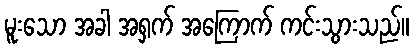
မူးသော အခါ အရှက် အကြောက် ကင်းသွားသည်။